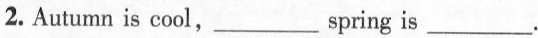
2.Autumn is cool,___spring is ___.